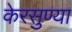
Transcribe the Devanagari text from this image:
केरसुण्या